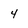
Character: 4